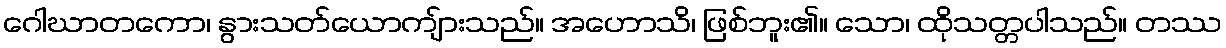
ဂေါဃာတကော၊ နွားသတ်ယောကျ်ားသည်။ အဟောသိ၊ ဖြစ်ဘူး၏။ သော၊ ထိုသတ္တပါသည်။ တဿ